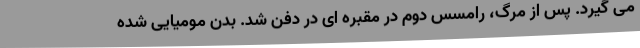
می گیرد. پس از مرگ، رامسس دوم در مقبره ای در دفن شد. بدن مومیایی شده